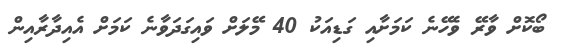
ބޯކޮށް ވާރޭ ވެހޭނެ ކަމަށާއި ގަޑިއަކު 40 މޭލަށް ވައިގަދަވާނެ ކަމަށް އެއިދާރާއިން